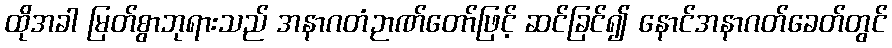
ထိုအခါ မြတ်စွာဘုရားသည် အနာဂတံဉာဏ်တော်ဖြင့် ဆင်ခြင်၍ နောင်အနာဂတ်ခေတ်တွင်